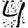
Digit: 4